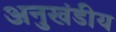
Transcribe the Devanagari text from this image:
अनुखंडीय